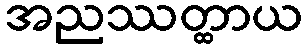
အညဿတ္ထာယ